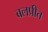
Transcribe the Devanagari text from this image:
बलप्रीत